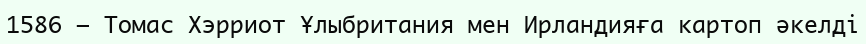
1586 — Томас Хэрриот Ұлыбритания мен Ирландияға картоп әкелді